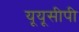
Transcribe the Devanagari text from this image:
यूयूसीपी